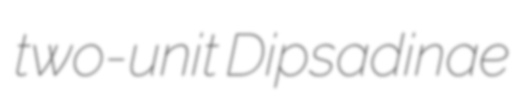
two-unit Dipsadinae